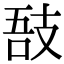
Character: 𢻊